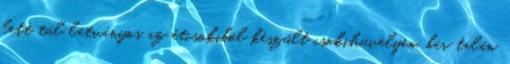
lett túl látványos az étcsokiból készült csokihüvelyen, bár talán